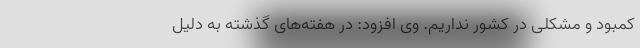
کمبود و مشکلی در کشور نداریم. وی افزود: در هفته‌های گذشته به دلیل